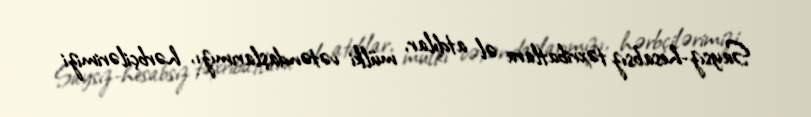
Saysız-hesabsız təxribatlara əl atdılar, mülki vətəndaşlarımızı, hərbçilərimizi